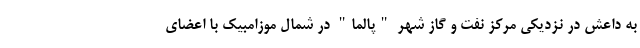
به داعش در نزدیکی مرکز نفت و گاز شهر "پالما" در شمال موزامبیک با اعضای